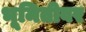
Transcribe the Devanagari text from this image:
भूमितीवर